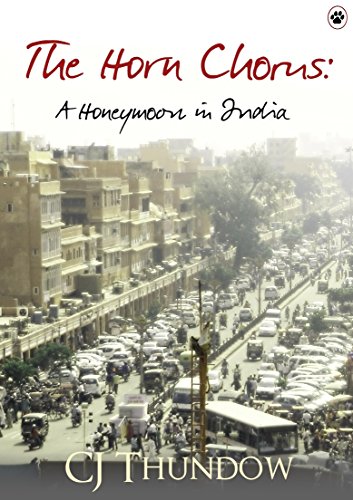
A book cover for The Horn Chorus: A Honeymoon in India; CJ Thundow; Crafts, Hobbies & Home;